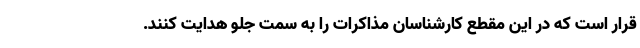
قرار است که در این مقطع کارشناسان مذاکرات را به سمت جلو هدایت کنند.